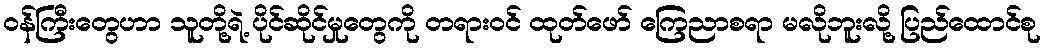
ဝန်ကြီးတွေဟာ သူတို့ရဲ့ ပိုင်ဆိုင်မှုတွေကို တရားဝင် ထုတ်ဖော် ကြေညာစရာ မလိုဘူးလို့ ပြည်ထောင်စု